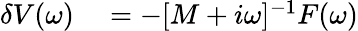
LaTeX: \begin{array}{rl}{\delta V(\omega)}&{{}=-[M+i\omega]^{-1}F(\omega)}\end{array}